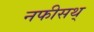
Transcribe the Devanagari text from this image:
नफीसथ्